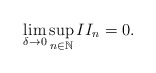
\begin{align*}\lim_{\delta\rightarrow 0}\sup_{n\in\mathbb{N}} II_n = 0 .\end{align*}